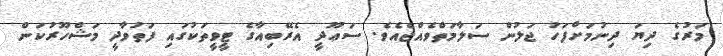
މަރުގެ ދިޔަ ދިނުމަށްފަހު ޖަލުން ސަލާމަތްވެއްޖެއެވެ. ސަޢޫދީ އެރޭބިއާގެ ޓީވީތަކުގައި ފަތުވާދީ މަޝްހޫރުކަން